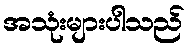
အသုံးများပါသည်